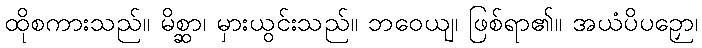
ထိုစကားသည်။ မိစ္ဆာ၊ မှားယွင်းသည်။ ဘဝေယျ၊ ဖြစ်ရာ၏။ အယံပိပဉှော၊